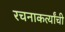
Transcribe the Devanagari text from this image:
रचनाकर्त्यांची